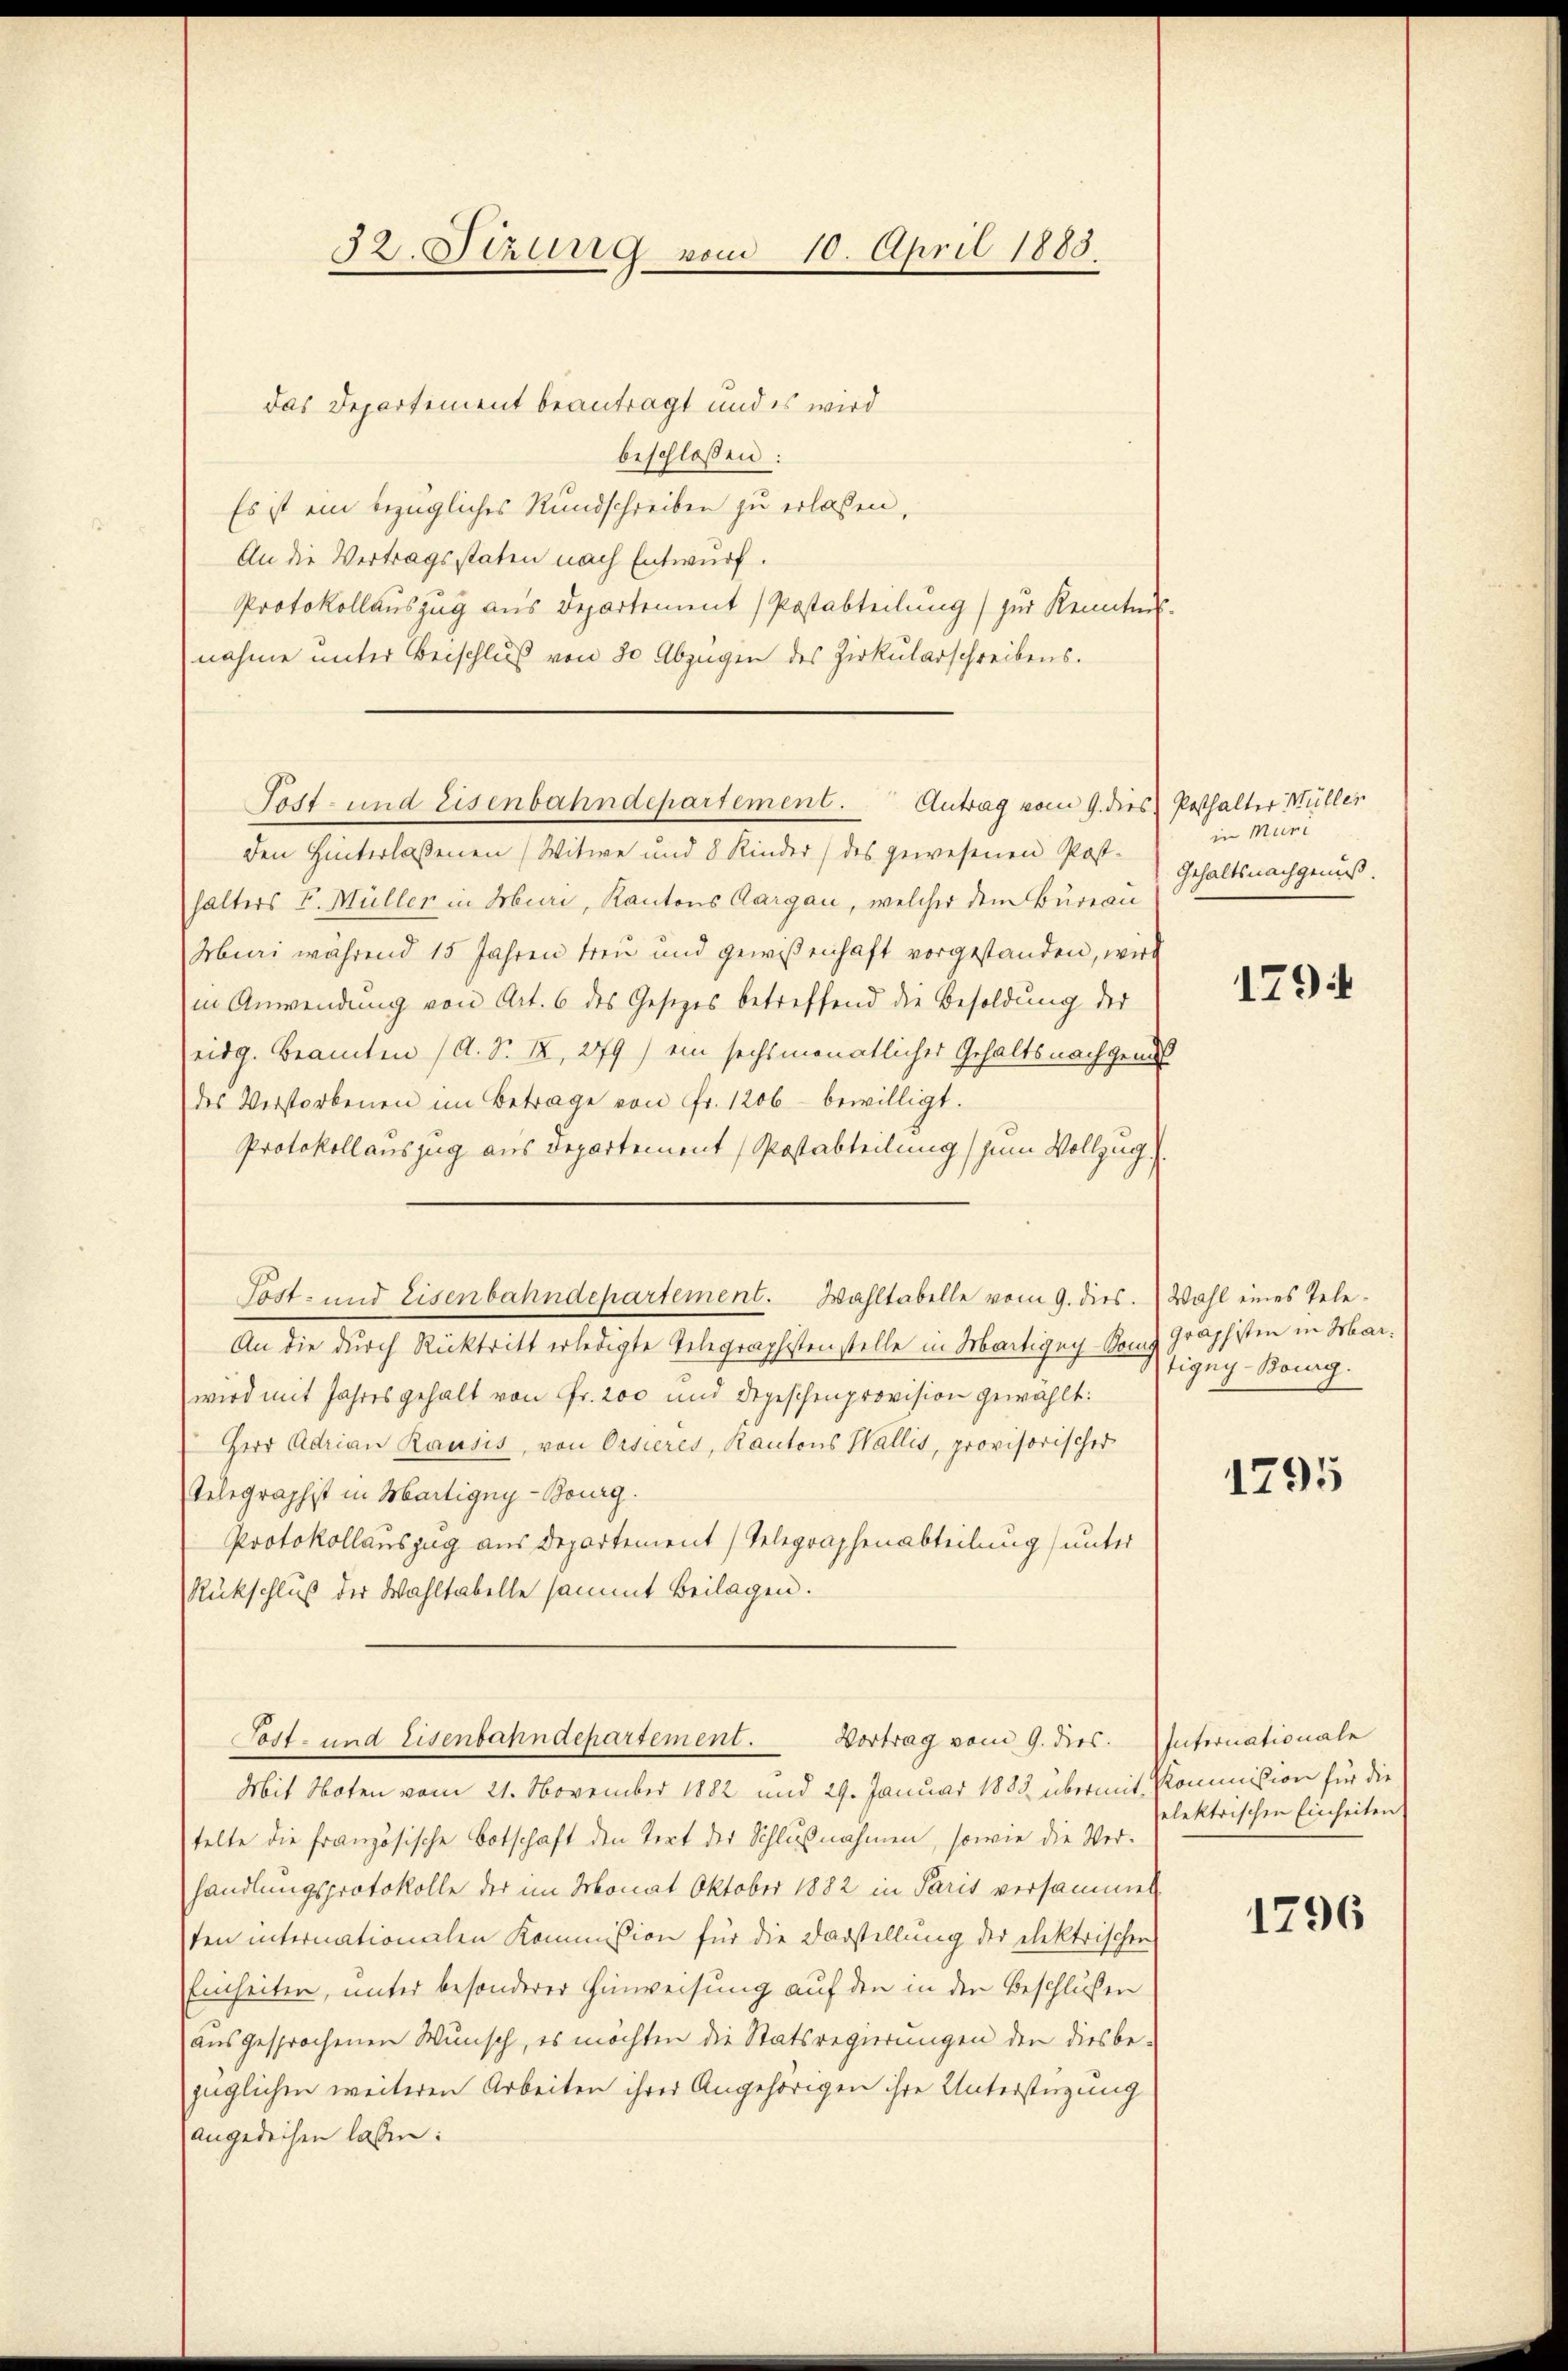
32. Sizung vom 10. April 1883.

das Departement beantragt und es wird
beschlossen:
Es ist ein bezügliches Rundschreiben zu erlassen,
An die Vertragsstaten nach Entwurf.
Protokollauszug aus Departement (Postabteilung) zur Kenntnis
nahme unter Beischlŭβ von 30 Abzügen des Zirkŭlarschreibens.
den Hinterlassenen (Witwe und 8 Kinder) des gewesenen Post-
halters F. Müller in Muri, Kantons Aargau, welcher dem Bureau
Mbueri während 15 Jahren treu und gewißenhaft vorgestanden, wird
in Anwendung von Art. 6 des Gesetzes betreffend die Besoldung der
eidg. Beamten (A. S. X, 279) ein sechsmonatlicher Gehaltsnachgenuß
des Verstorbenen im Betrage von Fr. 1206 bewilligt.
Protokollauszug aus Departement (Postabteilung zum Vollzug.
An die durch Rücktritt erledigte Telegraphistenstelle in Martigny-Somz graphisten in Marwird mit Jahres gehalt von Fr. 200 und Depeschenprovision gewählt:
Herr Adrian Rausis, von Orsieres, Kantons Wallis, provisorischer
Gelegraphist in Martigny-Burg.
Protokollauszug aus Departement (Telegraphenabteilung unter
Rückschluß der Wahltabelle sammt Beilagen.
Tost- und Eisenbahndepartement. Vortrag vom 9. dies. Internationale
Mit Noten vom 21. November 1882 und 29. Januar 1883 übermit Kommißion für die
telte die französische Botschaft den Tert der Schlußnahmen, sowie die Ver-
handlungsprotokolle der im Monat Oktober 1882 in Paris versammet
ten internationalen Kommission für die Darstellung der elektrischen
Einheiten, unter besonderer Hinweisung auf den in der Beschlüßen
ausgesprochenen Wunsch, es möchten die Statsregierungen der diesbe-
züglichen weiteren Arbeiten ihrer Angehörigen ihre Unterstüzung
angedeihen lassen:

Post- und Eisenbahndepartement. Antrag vom 9. dies Posthalter Müller

Post- und Eisenbahndepartement. Wahltabelle vom 9. dies. Wahl eines Tele¬

in Muri
Gehaltsnachgenuß.

1794

tigny Bourg.

1795

elektrischen Einheiten

1796